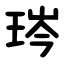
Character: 琌